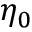
\eta _ { 0 }